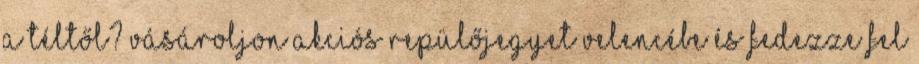
a téltől? Vásároljon akciós repülőjegyet Velencébe és fedezze fel